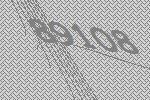
89108